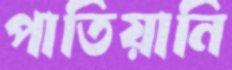
পাতিয়ানি